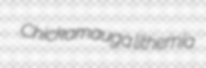
Chickamauga lithemia